Source: Handwritten
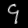
Digit: ၄ (4)